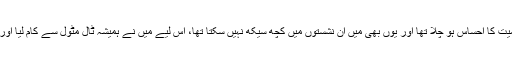
پریم تو ہمہ وقت تیار تھے البتہ تب تک مجھے اپنے نام کی اہمیت کا احساس ہو چلا تھا اور یوں بھی میں ان نشستوں میں کچھ سیکھ نہیں سکتا تھا، اس لیے میں نے ہمیشہ ٹال مٹول سے کام لیا اور سنڈے ایڈیشنوں میں شرکت کو اپنے ادبی قد سے کمتر سمجھا۔